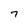
Character: 7